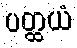
ပတ္ထယံ